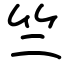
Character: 竺